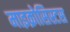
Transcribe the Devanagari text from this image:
माइक्रोसिस्टस